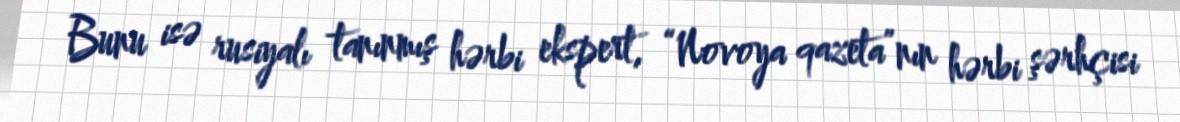
Bunu isə rusiyalı tanınmış hərbi ekspert, “Novoya qazeta”nın hərbi şərhçisi